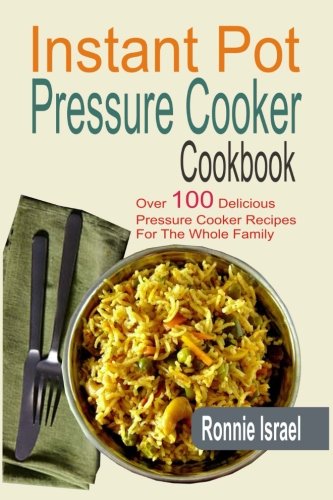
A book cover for Instant Pot Pressure Cooker Cookbook: Over 100 Delicious Pressure Cooker Recipes For The Whole Family; Ronnie Israel; Cookbooks, Food & Wine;